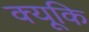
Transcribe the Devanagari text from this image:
क्यूकि